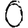
Digit: 0